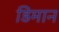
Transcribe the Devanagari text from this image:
डिमान